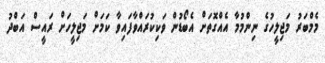
މެމްބަރު މަޖިލީހުގެ ނިންމުމާ އެއްގޮތަށް އެބޯޑުން ވަކިކުރައްވާފައިވާ ކަމަށް މަޖިލީހަށް ރައީސް އަބްދު